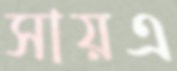
সায়এ